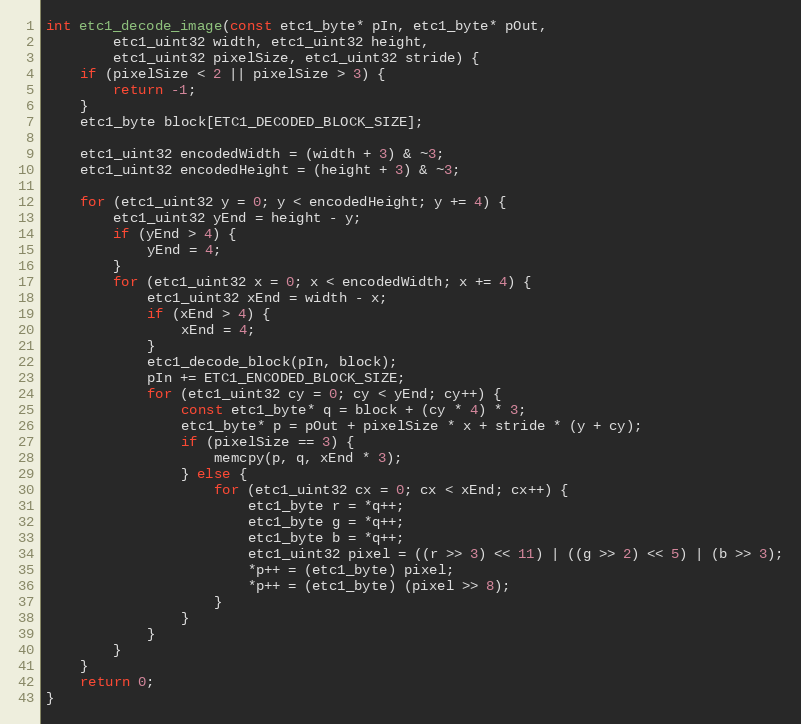
Language: C++
int etc1_decode_image(const etc1_byte* pIn, etc1_byte* pOut,
        etc1_uint32 width, etc1_uint32 height,
        etc1_uint32 pixelSize, etc1_uint32 stride) {
    if (pixelSize < 2 || pixelSize > 3) {
        return -1;
    }
    etc1_byte block[ETC1_DECODED_BLOCK_SIZE];

    etc1_uint32 encodedWidth = (width + 3) & ~3;
    etc1_uint32 encodedHeight = (height + 3) & ~3;

    for (etc1_uint32 y = 0; y < encodedHeight; y += 4) {
        etc1_uint32 yEnd = height - y;
        if (yEnd > 4) {
            yEnd = 4;
        }
        for (etc1_uint32 x = 0; x < encodedWidth; x += 4) {
            etc1_uint32 xEnd = width - x;
            if (xEnd > 4) {
                xEnd = 4;
            }
            etc1_decode_block(pIn, block);
            pIn += ETC1_ENCODED_BLOCK_SIZE;
            for (etc1_uint32 cy = 0; cy < yEnd; cy++) {
                const etc1_byte* q = block + (cy * 4) * 3;
                etc1_byte* p = pOut + pixelSize * x + stride * (y + cy);
                if (pixelSize == 3) {
                    memcpy(p, q, xEnd * 3);
                } else {
                    for (etc1_uint32 cx = 0; cx < xEnd; cx++) {
                        etc1_byte r = *q++;
                        etc1_byte g = *q++;
                        etc1_byte b = *q++;
                        etc1_uint32 pixel = ((r >> 3) << 11) | ((g >> 2) << 5) | (b >> 3);
                        *p++ = (etc1_byte) pixel;
                        *p++ = (etc1_byte) (pixel >> 8);
                    }
                }
            }
        }
    }
    return 0;
}